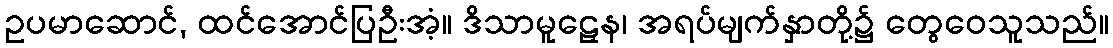
ဥပမာဆောင်, ထင်အောင်ပြဦးအံ့။ ဒိသာမူဠှေန၊ အရပ်မျက်နှာတို့၌ တွေဝေသူသည်။